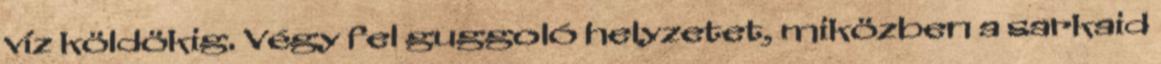
víz köldökig. Végy fel guggoló helyzetet, miközben a sarkaid